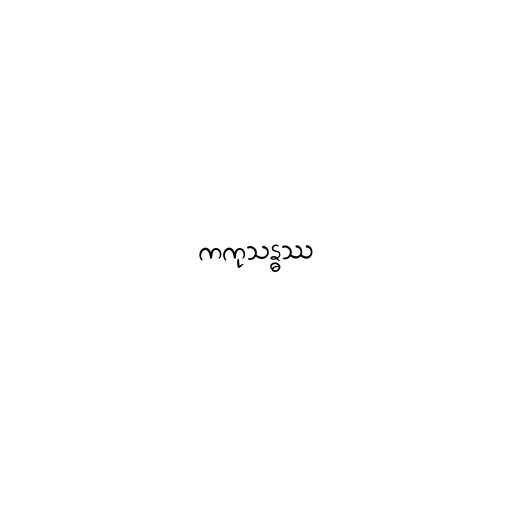
ကကုသန္ဓဿ